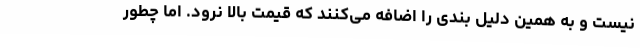
نیست و به همین دلیل بندی را اضافه می‌کنند که قیمت بالا نرود. اما چطور